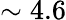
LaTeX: \sim 4.6